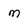
Character: m